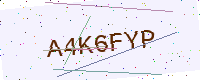
Text: A4K6FYP